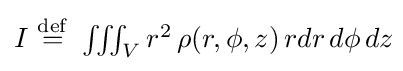
{\textstyle I\ {\stackrel {\mathrm {def} }{=}}\ \iiint _{V}r^{2}\,\rho (r,\phi ,z)\,rdr\,d\phi \,dz\!}